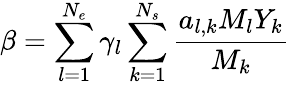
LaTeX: \beta=\sum_{l=1}^{N_{e}}\gamma_{l}\sum_{k=1}^{N_{s}}\frac{a_{l,k}M_{l}Y_{k}}{M_{k}}